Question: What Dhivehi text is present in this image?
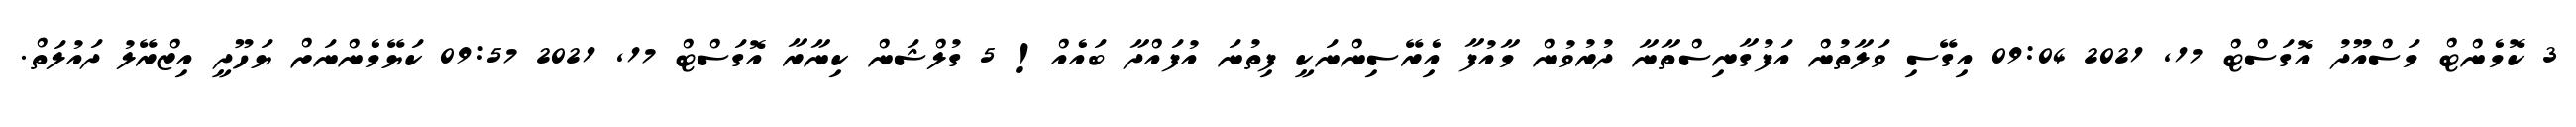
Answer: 3 ކޮމެންޓް މަސްއޫދު އޮގަސްޓް 17, 2021 09:04 އިގޭސި ވަލާތުން އަފުގާނިސްތާނާ ދުރުވުން މާއުފާ އިެރޭސިންނަކީ ފިތުނަ އުފައްދާ ބައެއް! 5 ގުލްޝަން ކިނާރާ އޮގަސްޓް 17, 2021 09:57 ކަޔޭމެންނަށް ޔަހޫދީ އިޒްރޭލު ދައުލަތް.